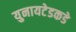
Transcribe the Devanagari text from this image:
युनायटेडकडे